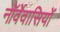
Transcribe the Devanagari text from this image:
नॉर्वेवासियों